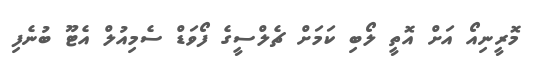
މޮރީނިއޯ އަށް އޮތީ ލޯބި ކަމަށް ޗެލްސީގެ ފޯވަޑް ސެމިއުލް އެޓޫ ބުނެފި